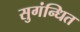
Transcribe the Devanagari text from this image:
सुगंन्‍धित